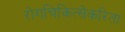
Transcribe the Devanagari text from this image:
रोगचिकित्सेकरिता